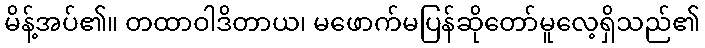
မိန့်အပ်၏။ တထာဝါဒိတာယ၊ မဖောက်မပြန်ဆိုတော်မူလေ့ရှိသည်၏